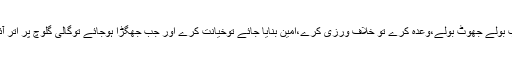
جب بولے جھوٹ بولے،وعدہ کرے تو خلاف ورزی کرے،امین بنایا جائے توخیانت کرے اور جب جھگڑا ہوجائے توگالی گلوچ پر اتر آئے۔